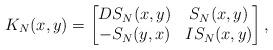
LaTeX: \begin{align*} K_{N}(x, y) = \begin{bmatrix} DS_{N}(x, y) & S_{N}(x, y) \\ -S_{N}(y, x) & IS_{N}(x, y) \end{bmatrix}, \end{align*}